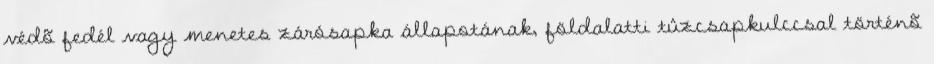
védõ fedél vagy menetes zárósapka állapotának, földalatti tûzcsapkulccsal történõ